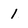
Character: l